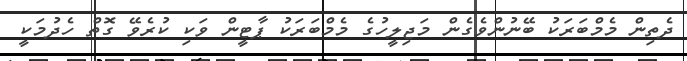
ދެތިން މެމްބަަރަކު ބޭނުންވެގެން މަޖިލީހުގެ މެމްބަރަކު ޕާޓީން ވަކި ކުރެވޭ ގޮތް ހެދުމަކީ